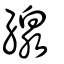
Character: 線